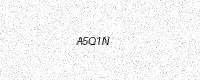
Text: A5Q1N